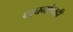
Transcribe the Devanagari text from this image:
वाचनांचाही